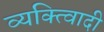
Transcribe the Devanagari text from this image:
व्यक्त्विादी